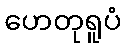
ဟေတုရူပံ